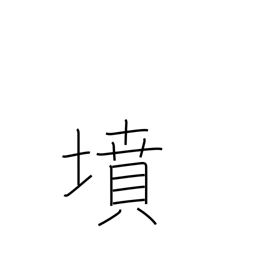
Meaning: tomb